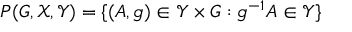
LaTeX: P ( G , { \mathcal { X } } , { \mathcal { Y } } ) = \{ ( A , g ) \in { \mathcal { Y } } \times G : g ^ { - 1 } A \in { \mathcal { Y } } \}